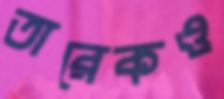
তারেকও